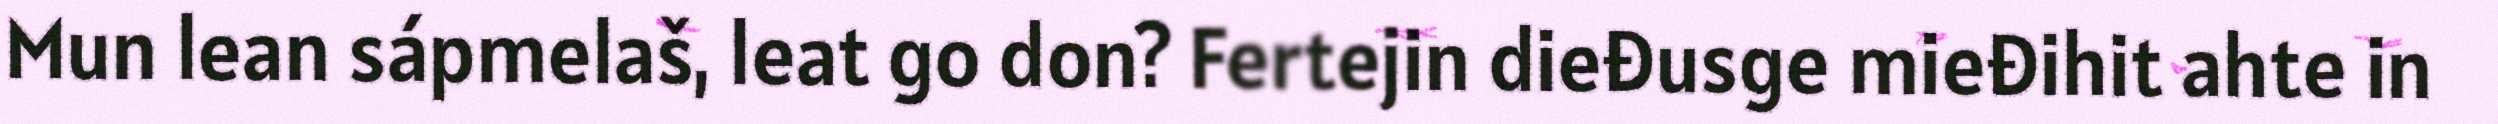
Mun lean sápmelaš, leat go don? Fertejin dieđusge mieđihit ahte in